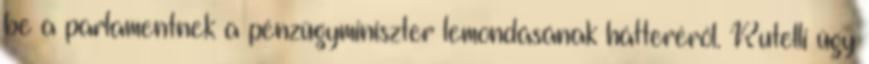
be a parlamentnek a pénzügyminiszter lemondásának hátteréről. Rutelli úgy